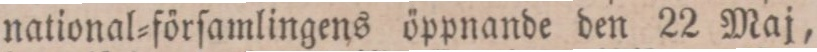
national=förſamlingens öppnande den 22 Maj,